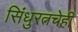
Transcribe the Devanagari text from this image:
सिंधुरत्नचेही